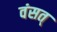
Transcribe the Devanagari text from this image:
वंसत्‌